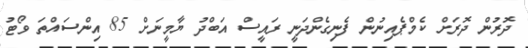
ދޮރުން ދޮރަށް ކެމްޕެއިނުން ފެނިގެންދަނީ ރައީސް އަބްދު ޔާމީނަށް 85 އިންސައްތަ ވޯޓު